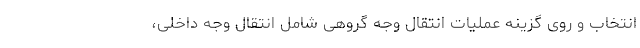
انتخاب و روی گزینه عملیات انتقال وجه گروهی شامل انتقال وجه داخلی،